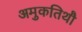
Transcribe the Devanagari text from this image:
अमुकतिथौ